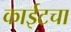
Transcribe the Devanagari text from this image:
काईटचा